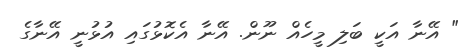
" އޭނާ އަކީ ބަލި މީހެއް ނޫން. އޭނާ އެކޮޅުގައި އުޅުނީ އޭނާގެ